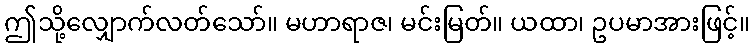
ဤသို့လျှောက်လတ်သော်။ မဟာရာဇ၊ မင်းမြတ်။ ယထာ၊ ဥပမာအားဖြင့်။